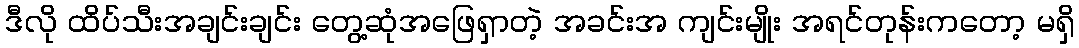
ဒီလို ထိပ်သီးအချင်းချင်း တွေ့ဆုံအဖြေရှာတဲ့ အခင်းအ ကျင်းမျိုး အရင်တုန်းကတော့ မရှိ